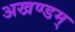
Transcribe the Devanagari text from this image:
अखण्डम्